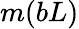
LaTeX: m(bL)